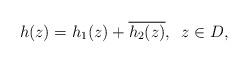
LaTeX: \begin{align*}h(z)=h_{1}(z)+\overline{h_{2}(z)},\,\,\,z\in D,\end{align*}